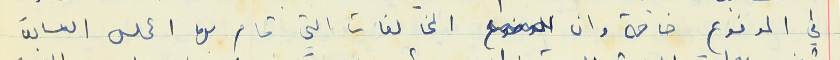
في المدفوع خاصة وان المخالفات التي قام بها المجلس السابق